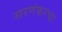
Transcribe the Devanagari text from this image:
सरणंकरचा